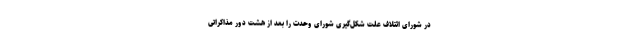
در شورای ائتلاف علت شکل‌گیری شورای وحدت را بعد از هشت دور مذاکراتی